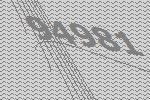
94981